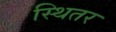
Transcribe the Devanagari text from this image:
स्थितर